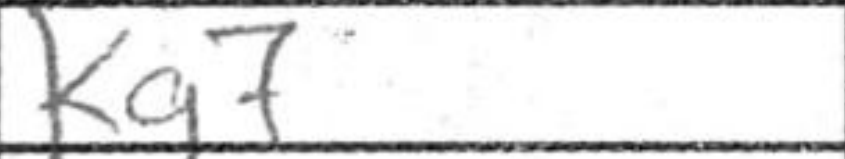
Transcription: Kg7